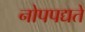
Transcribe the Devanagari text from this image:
नोपपद्यते